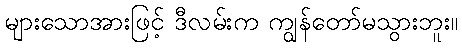
များသောအားဖြင့် ဒီလမ်းက ကျွန်တော်မသွားဘူး။